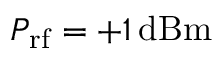
P _ { \mathrm { r f } } = + 1 \, \mathrm { d B m }